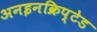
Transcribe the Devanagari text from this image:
अनइनक्रिप्टेड